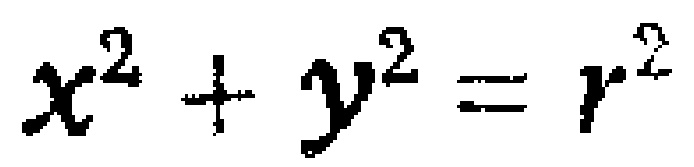
\(x^{2}+y^{2}=r^{2}\)